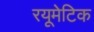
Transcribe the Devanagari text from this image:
रयूमेटिक